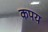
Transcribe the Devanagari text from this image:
कपय